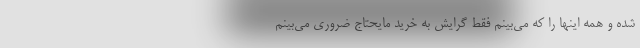
شده و همه اینها را که می‌بینم فقط گرایش به خرید مایحتاج ضروری می‌بینم